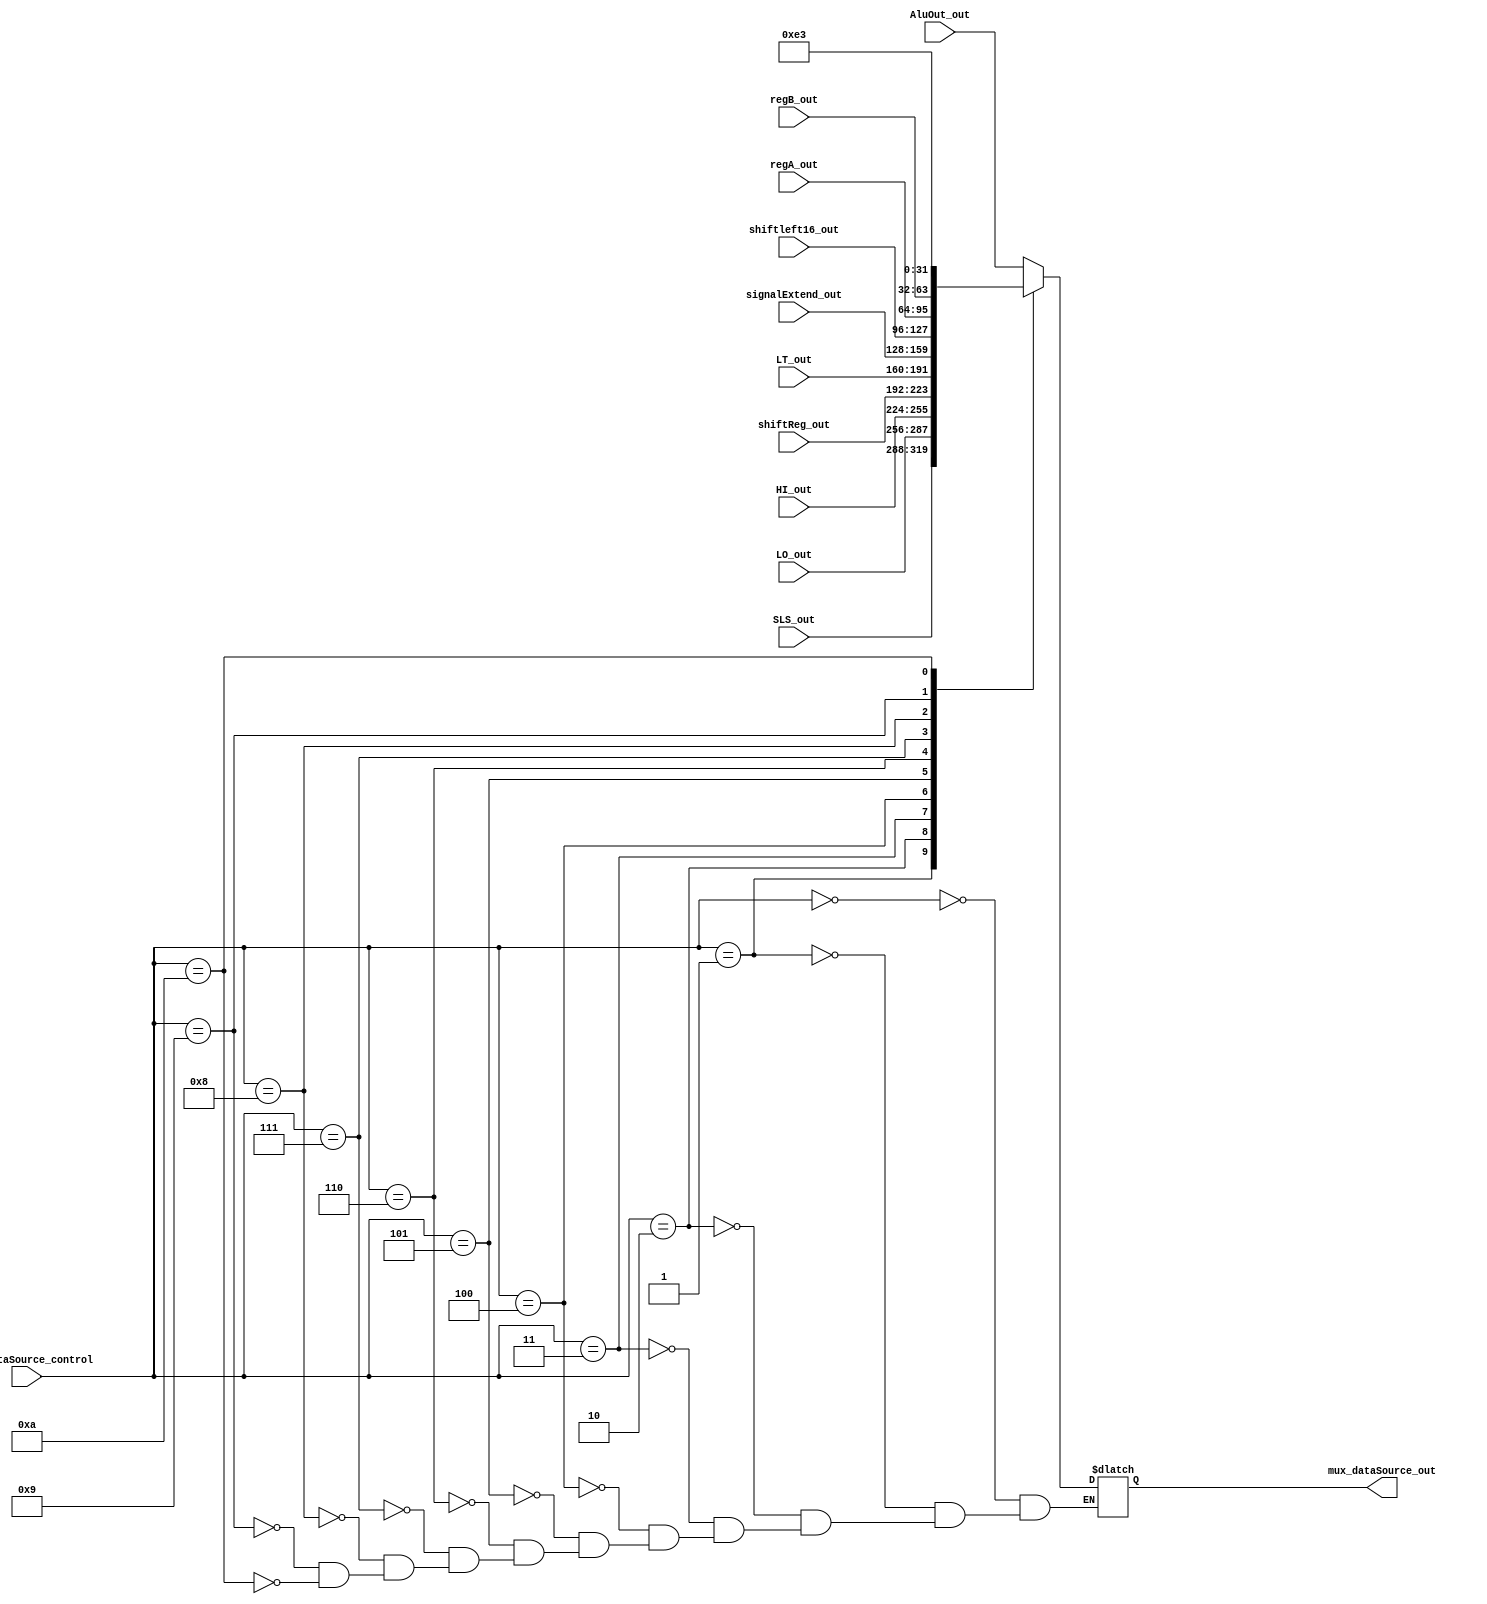
module mux_data_source (
    input wire [3:0] mux_dataSource_control,
    input wire [31:0] AluOut_out,
    input wire [31:0] SLS_out,
    input wire [31:0] LO_out,
    input wire [31:0] HI_out,
    input wire [31:0] shiftReg_out,
    input wire [31:0] LT_out,
    input wire [31:0] signalExtend_out,
    input wire [31:0] shiftleft16_out,
    input wire [31:0] regA_out,
    input wire [31:0] regB_out,
    output reg [31:0] mux_dataSource_out
);
always @(*) begin
    case (mux_dataSource_control)
        4'b0000 : mux_dataSource_out <= AluOut_out;
        4'b0001 : mux_dataSource_out <= SLS_out;
        4'b0010 : mux_dataSource_out <= LO_out;
        4'b0011 : mux_dataSource_out <= HI_out;
        4'b0100 : mux_dataSource_out <= shiftReg_out;
        4'b0101 : mux_dataSource_out <= LT_out;
        4'b0110 : mux_dataSource_out <= signalExtend_out;
        4'b0111 : mux_dataSource_out <= shiftleft16_out;
        4'b1000 : mux_dataSource_out <= regA_out;
        4'b1001 : mux_dataSource_out <= regB_out;
        4'b1010 : mux_dataSource_out <= 32'd227;

    endcase
    
end
    
endmodule